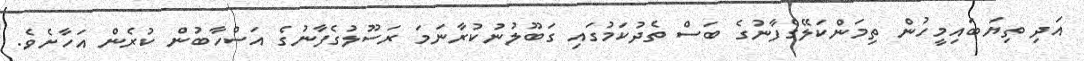
އަދި ތިޔަބައިމީހުން ތިމަންކަލޭގެފާނުގެ ބަސް ތެދުކަމުގައި ގަބޫލުނުކުރާނަމަ ރަސޫލުގެފާނުގެ އަސްހާބުން ކުރެން އަހާށެވެ.